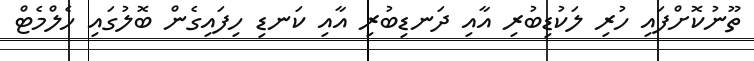
ތޫނުކޮށްފައި ހުރި ލަކުޑިބުރި އާއި ދަނޑިބުރި އާއި ކަނޑި ހިފައިގެން ބޮލުގައި ހެލްމެޓް